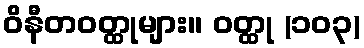
ဝိနီတဝတ္ထုများ။ ဝတ္ထု (၁၀၃)